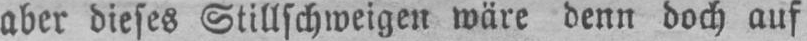
aber dieses Stillschweigen wäre denn doch auf